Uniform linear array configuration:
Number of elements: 4
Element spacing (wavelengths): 1
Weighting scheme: blackman
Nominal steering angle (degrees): -30
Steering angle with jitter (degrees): -30.617
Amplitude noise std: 0.05
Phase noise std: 0.05

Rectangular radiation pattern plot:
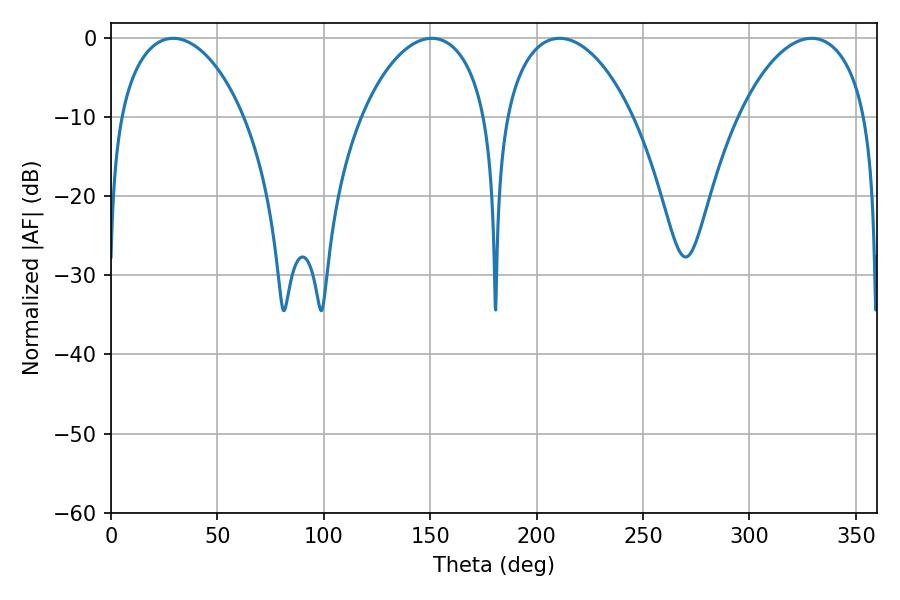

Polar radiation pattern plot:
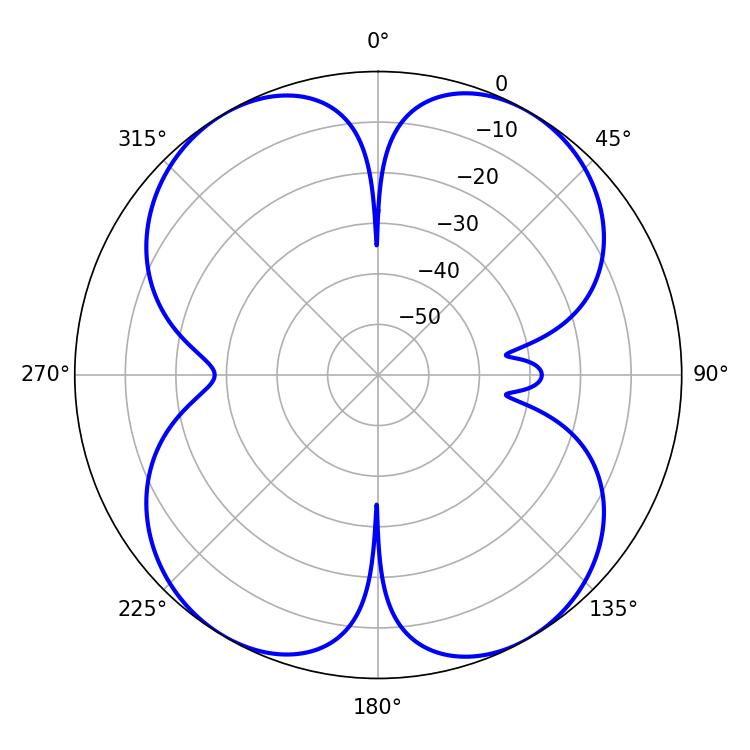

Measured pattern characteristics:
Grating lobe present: TRUE
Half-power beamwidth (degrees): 34.2
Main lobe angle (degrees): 210.78